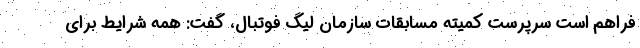
فراهم است سرپرست کمیته مسابقات سازمان لیگ فوتبال، گفت: همه شرایط برای